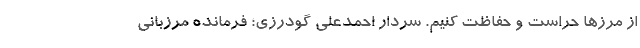
از مرزها حراست و حفاظت کنیم. سردار احمدعلی گودرزی؛ فرمانده مرزبانی